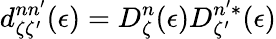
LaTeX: d_{\zeta\zeta^{\prime}}^{nn^{\prime}}(\epsilon)=D_{\zeta}^{n}(\epsilon)D_{\zeta^{\prime}}^{n^{\prime}*}(\epsilon)